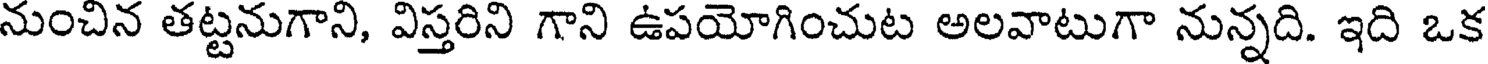
నుంచిన తట్టనుగాని, విస్తరిని గాని ఉపయోగించుట అలవాటుగా నున్నది. ఇది ఒక